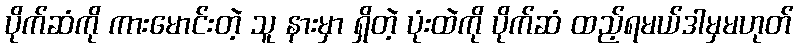
ပိုက်ဆံကို ကားမောင်းတဲ့ သူ နားမှာ ရှိတဲ့ ပုံးထဲကို ပိုက်ဆံ ထည့်ရမယ်ဒါမှမဟုတ်